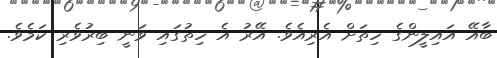
ބާއޭ އައިލީންގެ ހިތަށް އެރިއެވެ. އޭރު އެ ހިތުގައި ވަނީ ބިރުވެރި ކަމެވެ.